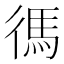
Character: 𫹞